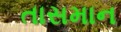
તાસમાન